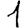
Digit: 1